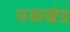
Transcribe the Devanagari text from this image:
मळखेड